Vaccination in Bombay 1869-1873 - 1869-1873
Year: 1869
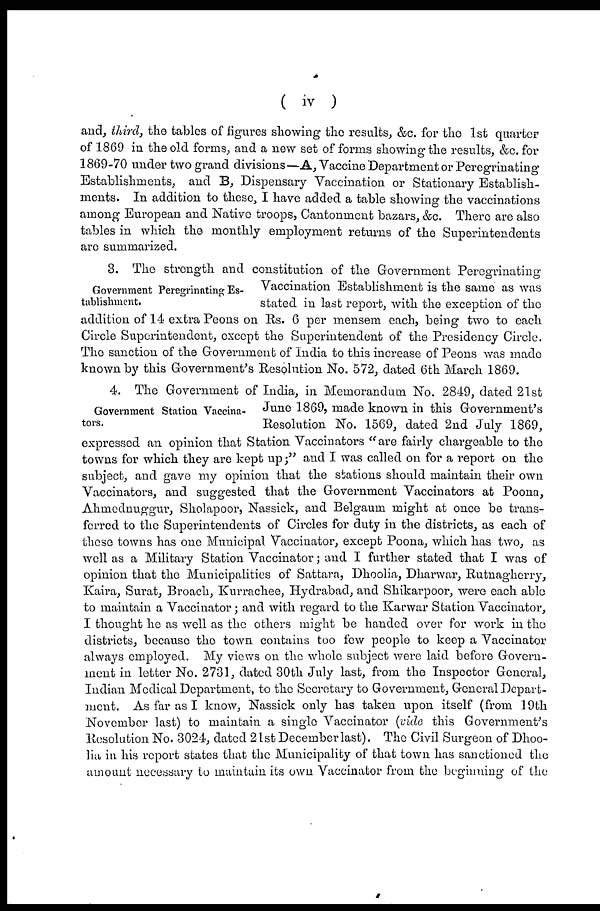
( iv )
and, third, the tables of figures showing the results, &c. for the 1st quarter
of 1869 in the old forms, and a new set of forms showing the results, &c. for
1869-70 under two grand divisions—A, Vaccine Department or Peregrinating
Establishments, and B, Dispensary Vaccination or Stationary Establish-
ments. In addition to these, I have added a table showing the vaccinations
among European and Native troops, Cantonment bazars, &c. There are also
tables in which the monthly employment returns of the Superintendents
are summarized.
Government Peregrinating Es-
tablishment.
3. The strength and constitution of the Government Peregrinating
Vaccination Establishment is the same as was
stated in last report, with the exception of the
addition of 14 extra Peons on Rs. 6 per mensem each, being two to each
Circle Superintendent, except the Superintendent of the Presidency Circle.
The sanction of the Government of India to this increase of Peons was made
known by this Government's Resolution No. 572, dated 6th March 1869.
Government Station Vaccina-
tors.
4. The Government of India, in Memorandum No. 2849, dated 21st
June 1869, made known in this Government's
Resolution No. 1569, dated 2nd July 1869,
expressed an opinion that Station Vaccinators "are fairly chargeable to the
towns for which they are kept up;" and I was called on for a report on the
subject, and gave my opinion that the stations should maintain their own
Vaccinators, and suggested that the Government Vaccinators at Poona,
Ahmednuggur, Sholapoor, Nassick, and Belgaum might at once be trans-
ferred to the Superintendents of Circles for duty in the districts, as each of
these towns has one Municipal Vaccinator, except Poona, which has two, as
well as a Military Station Vaccinator; and I further stated that I was of
opinion that the Municipalities of Sattara, Dhoolia, Dharwar, Rutnagherry,
Kaira, Surat, Broach, Kurrachee, Hydrabad, and Shikarpoor, were each able
to maintain a Vaccinator ; and with regard to the Karwar Station Vaccinator,
I thought he as well as the others might be handed over for work in the
districts, because the town contains too few people to keep a Vaccinator
always employed. My views on the whole subject were laid before Govern-
ment in letter No. 2731, dated 30th July last, from the Inspector General,
Indian Medical Department, to the Secretary to Government, General Depart-
ment. As far as I know, Nassick only has taken upon itself (from 19th
November last) to maintain a single Vaccinator (vide this Government's
Resolution No. 3024, dated 21st December last). The Civil Surgeon of Dhoo-
lia in his report states that the Municipality of that town has sanctioned the
amount necessary to maintain its own Vaccinator from the beginning of the